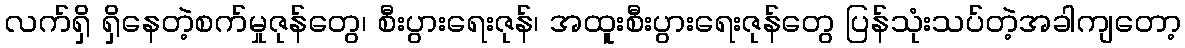
လက်ရှိ ရှိနေတဲ့စက်မှုဇုန်တွေ၊ စီးပွားရေးဇုန်၊ အထူးစီးပွားရေးဇုန်တွေ ပြန်သုံးသပ်တဲ့အခါကျတော့